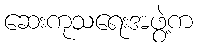
ဆေးကုသရေးအဖွဲ့က